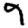
Digit: 9